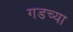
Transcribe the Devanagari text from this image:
गडच्या